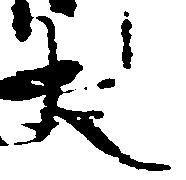
大